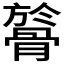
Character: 𩩘